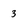
Character: 3